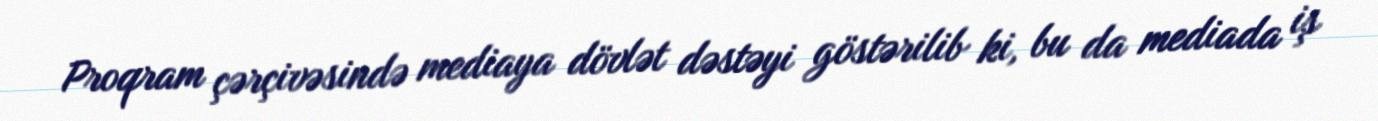
Proqram çərçivəsində mediaya dövlət dəstəyi göstərilib ki, bu da mediada iş